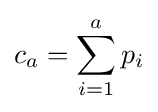
c_{a}=\sum _{i=1}^{a}p_{i}